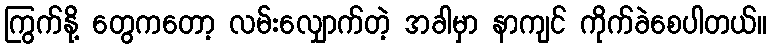
ကြွက်နို့ တွေကတော့ လမ်းလျှောက်တဲ့ အခါမှာ နာကျင် ကိုက်ခဲစေပါတယ်။